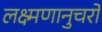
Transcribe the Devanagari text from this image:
लक्ष्मणानुचरो